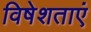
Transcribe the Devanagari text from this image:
विषेशताएं